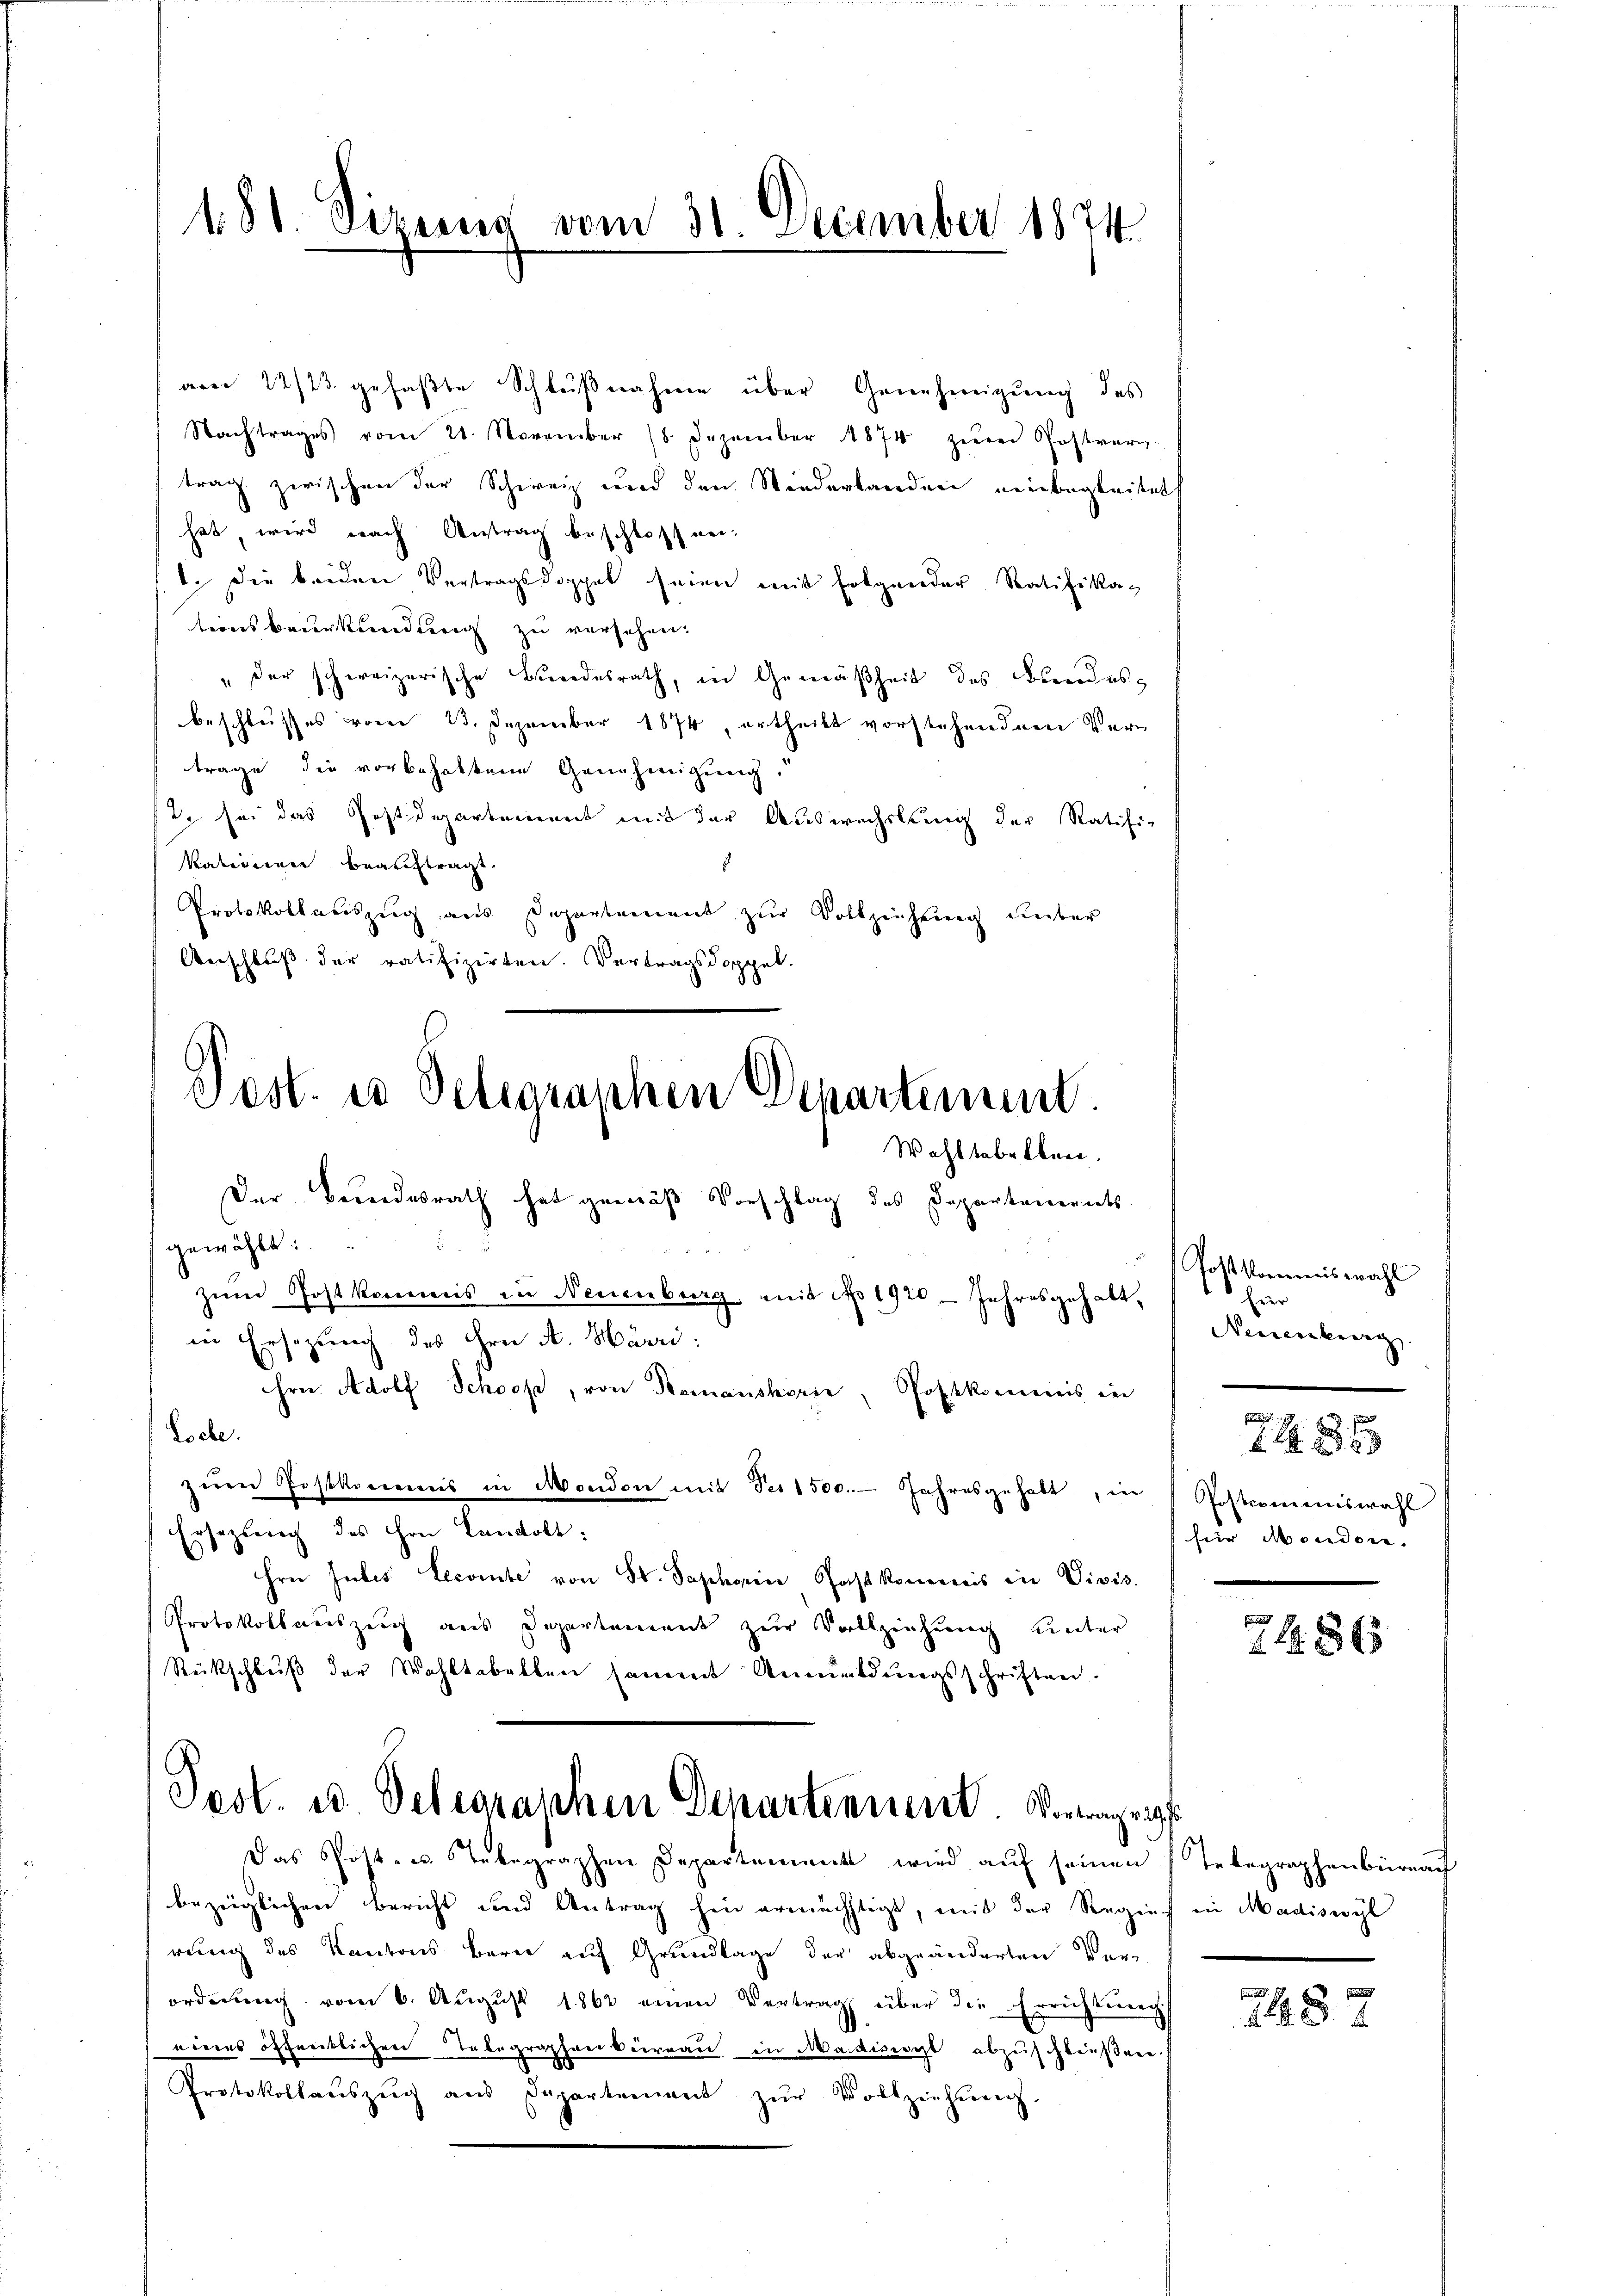
488. Sizung vom 31. December 1874

sest. es Delegraphen Departement.
Wohltabelbare.
Der Bundesrath hat gemäß Vorschlag des Departements

Pest. u. Delegraschen Departennent. Vortrage
Das Post- u. Stebegraphen Departement wird aŭf seinen Telegraphenbürea

am 22/23. gefaßte Schlußnahme über Genehmigung des
Nachtrages vom 21. November 18. Dezember 1874 zŭm Postver-
trag zwischen der Schweiz und den Niederlanden einbegleitet
hat, wird nach Antrag beschlossen-
1. Die beiden Vertragsdoppel seien mit folgender Ratifikat
tionsbeurkundung zu versehen.
" der schweizerische Bordesrath, in Gemäßheit des Brandesbeschlusses vom 23. Dezember 1874, ertheilt vorstehendem Vertrage die vorbehaltene Genehmigung,
t. sei das Postdepartement mit der Auswechslung der Ratifi¬
Katiseiner beauftragt.
Protokollauszug aus Departement zŭr Vollziehung ueber
Anschluß der ratifizirten. Vertragsdoppel.

gewählt:
2
zum Postkommis in Neuenburg, mit No 1920 - Jahresgehalt,
in Ersetzung des Hrn. A. Härri:
hrn. Adolf Schooße, von Namenskorie, Postkommis in
Loche.
zŭm Postkommis in Mondon mit des 1500. Jahresgehabt, in
Ersezung des Hrn. Landolt:
Hrn Jubes Lecombe von St. Saphorin Post kommis in Divis.
Protokollauszug aus Departement zur Vollziehung unter
Rückschluß der Wahltabellen sammt Anmeldŭngsschriften.

bezüglichen Bericht und Antrag hin ermächtigt, mit der Regies in Madiswyl
rung des Kantons Barer auf Grundlage der abgeänderten Ver-
ordnŭng vom 6. Aŭgŭst 1862 einen Vertrag über die Errichtung
eines öffentlichen Telegraphenbureau in Maidiserl abzuschließene
Protokollaŭszŭg ans Departement zŭr Vollziehŭng.

Postkommiswahl
Eier
Neuenburg.

das s
234
Postcommiswahl
fier Mondon.

2486

.

E